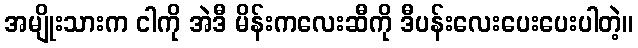
အမျိုးသားက ငါကို အဲဒီ မိန်းကလေးဆီကို ဒီပန်းလေးပေးပေးပါတဲ့။